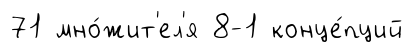
71 мно́жит'ел'я 8-1 конце́пций